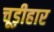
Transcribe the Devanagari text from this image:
चूड़ीहार